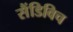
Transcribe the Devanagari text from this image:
सैंडिविच